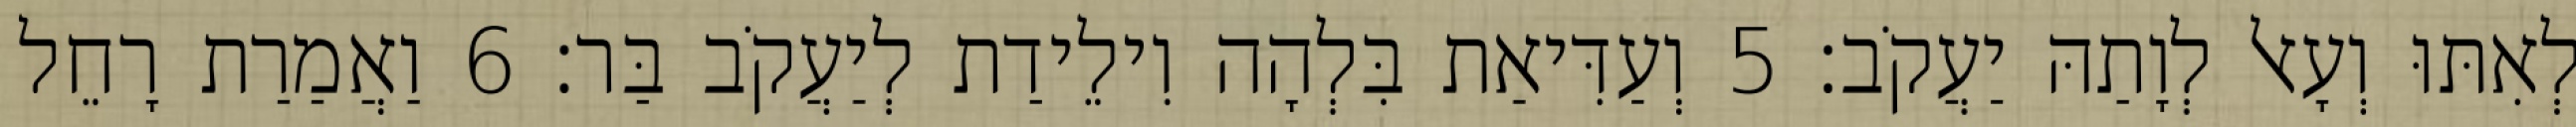
לְאִתּוּ וְעָאל לְוָתַהּ יַעֲקֹב׃ 5 וְעַדִּיאַת בִּלְהָה וִילֵידַת לְיַעֲקֹב בַּר׃ 6 וַאֲמַרַת רָחֵל